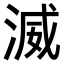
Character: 𣸵